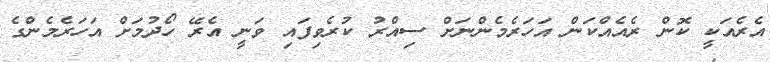
އެރެއަކީ ކޮން ރެއެއްކަން އަހަރެމެންނަށް ސިއްރު ކުރެވިފައި ވަނީ އެރޭ ހޯދުމަށް އަހަރެމެންގެ